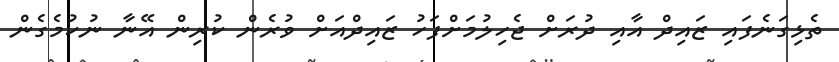
ތެޅިގަނެފައި ޒައިދް އާއި ދުރަށް ޖެހިލުމަށްފަހު ޒައިދްއަށް ވުރެން ކުރިން އޭނާ ނުކުމެގެން